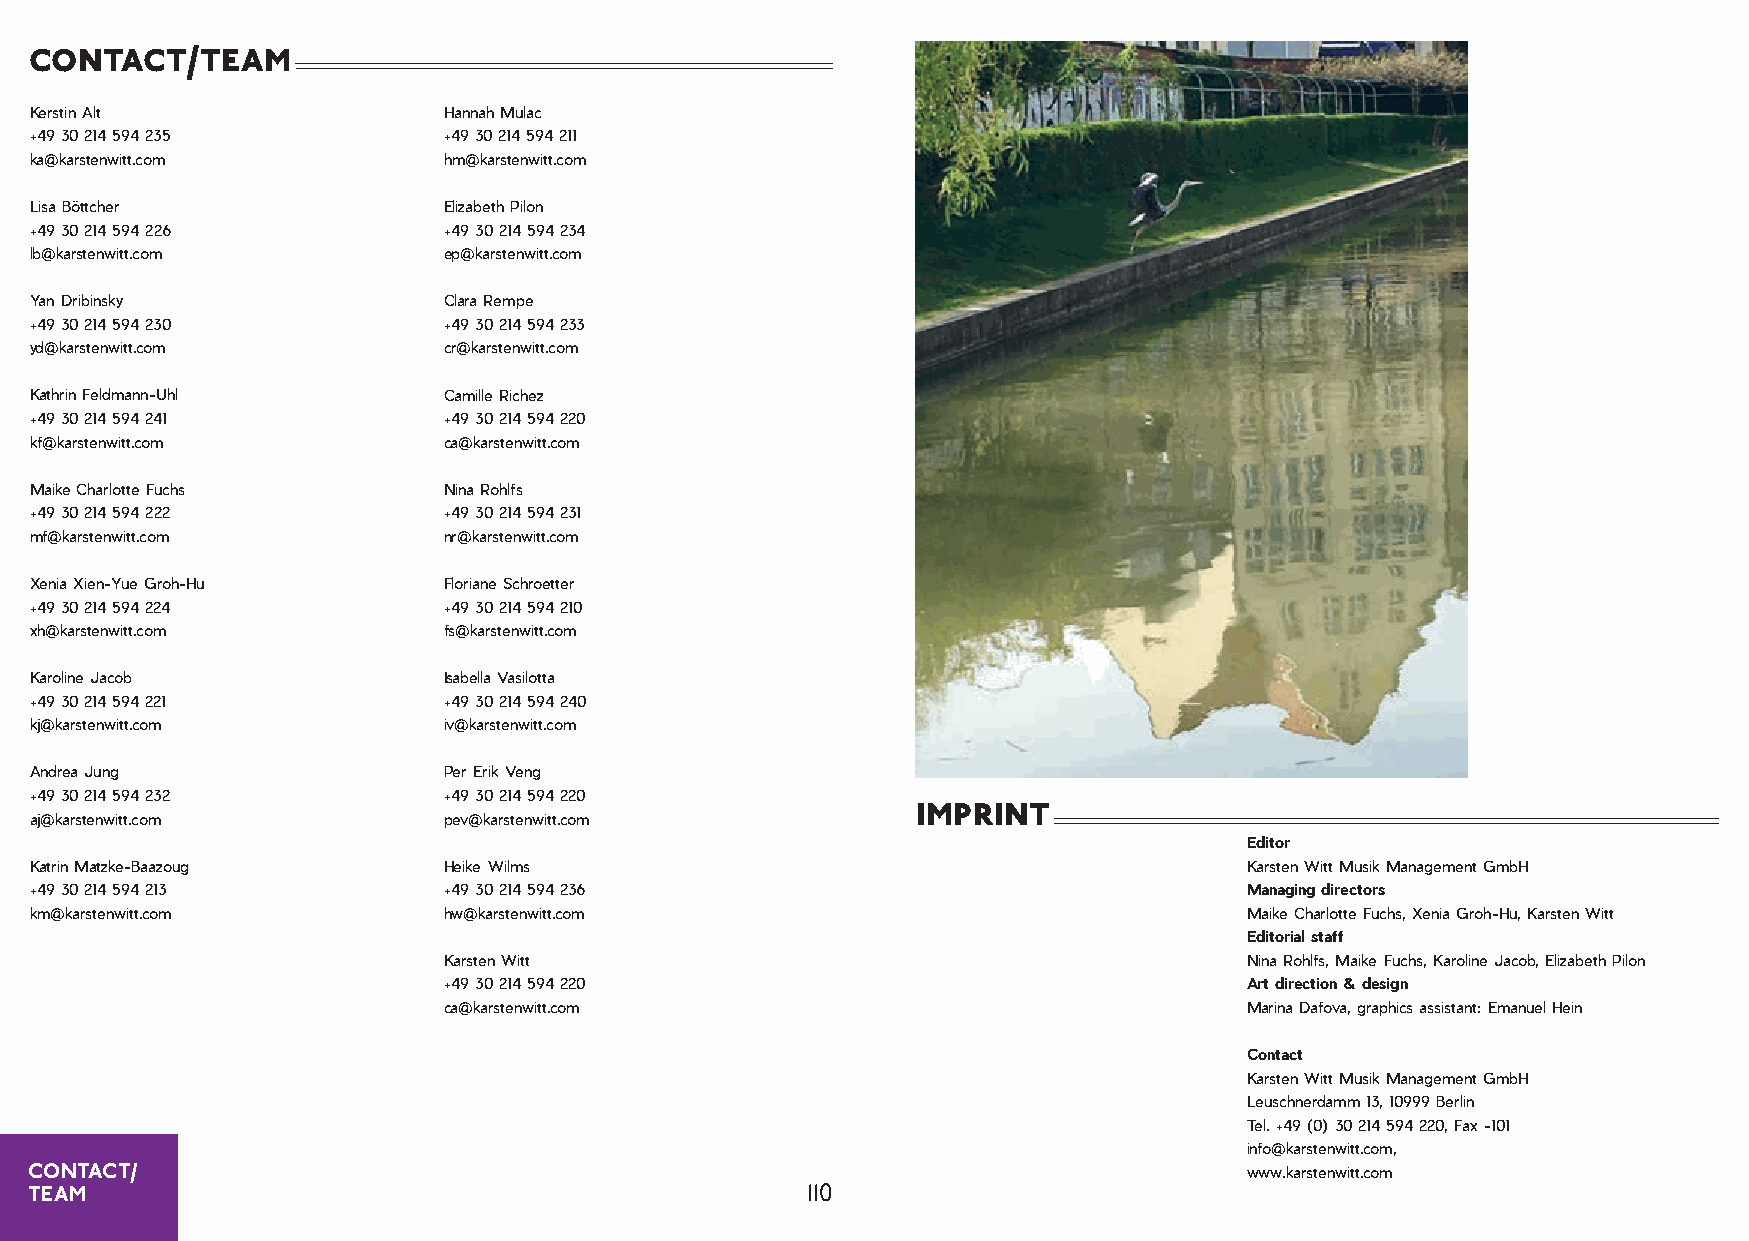
contact/team
 Kerstin Alt                Hannah Mulac
 +49 30 214 594 235         +49 30 214 594 211
 ka@karstenwitt.com         hm@karstenwitt.com
 Lisa Böttcher              Elizabeth Pilon
 +49 30 214 594 226         +49 30 214 594 234
 lb@karstenwitt.com         ep@karstenwitt.com
 Yan Dribinsky              Clara Rempe
 +49 30 214 594 230         +49 30 214 594 233
 yd@karstenwitt.com         cr@karstenwitt.com
 Kathrin Feldmann-Uhl       Camille Richez
 +49 30 214 594 241         +49 30 214 594 220
 kf@karstenwitt.com         ca@karstenwitt.com
 Maike Charlotte Fuchs      Nina Rohlfs
 +49 30 214 594 222         +49 30 214 594 231
 mf@karstenwitt.com         nr@karstenwitt.com
 Xenia Xien-Yue Groh-Hu     Floriane Schroetter
 +49 30 214 594 224         +49 30 214 594 210
 xh@karstenwitt.com         fs@karstenwitt.com
 Karoline Jacob             Isabella Vasilotta
 +49 30 214 594 221         +49 30 214 594 240
 kj@karstenwitt.com         iv@karstenwitt.com
 Andrea Jung                Per Erik Veng
 +49 30 214 594 232         +49 30 214 594 220
 imprint
 aj@karstenwitt.com         pev@karstenwitt.com
 Editor
 Katrin Matzke-Baazoug      Heike Wilms                                          Karsten Witt Musik Management GmbH
 +49 30 214 594 213         +49 30 214 594 236                                   Managing directors
 km@karstenwitt.com         hw@karstenwitt.com                                   Maike Charlotte Fuchs, Xenia Groh-Hu, Karsten Witt
 Editorial staff
 Karsten Witt                                         Nina Rohlfs, Maike Fuchs, Karoline Jacob, Elizabeth Pilon
 +49 30 214 594 220                                   Art direction & design
 ca@karstenwitt.com                                   Marina Dafova, graphics assistant: Emanuel Hein
 Contact
 Karsten Witt Musik Management GmbH
 Leuschnerdamm 13, 10999 Berlin
 Tel. +49 (0) 30 214 594 220, Fax -101
 info@karstenwitt.com,
 CONTACT/                                                                        www.karstenwitt.com
 TEAM                                               110